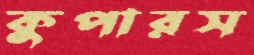
কুপারস